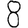
Digit: 8